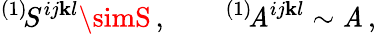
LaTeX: {}^{(1)}\! S^{ij\mathbf{k}l}\simS\, ,\qquad{}^{(1)}\! \mathit{A}^{ij\mathbf{k}l}\sim\mathit{A}\, ,